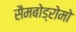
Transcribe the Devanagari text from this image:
सैमबोड्रोमो